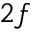
2 f